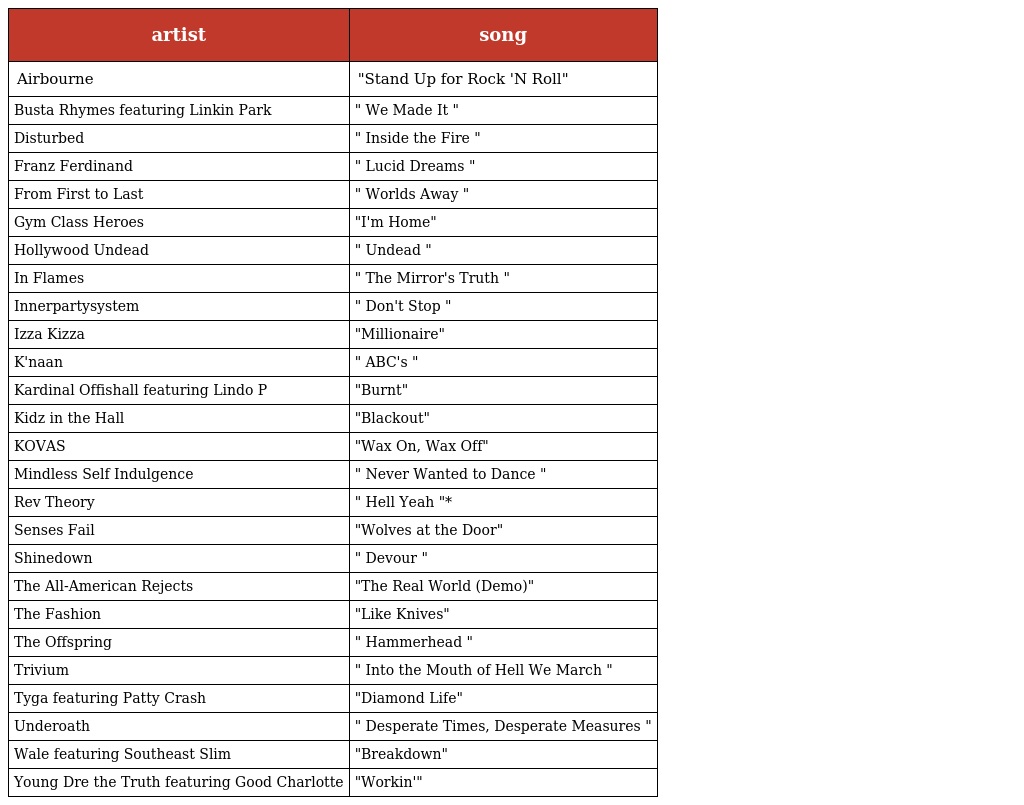
| artist | song |
 | --- | --- |
 | Airbourne | "Stand Up for Rock 'N Roll" |
 | Busta Rhymes featuring Linkin Park | " We Made It " |
 | Disturbed | " Inside the Fire " |
 | Franz Ferdinand | " Lucid Dreams " |
 | From First to Last | " Worlds Away " |
 | Gym Class Heroes | "I'm Home" |
 | Hollywood Undead | " Undead " |
 | In Flames | " The Mirror's Truth " |
 | Innerpartysystem | " Don't Stop " |
 | Izza Kizza | "Millionaire" |
 | K'naan | " ABC's " |
 | Kardinal Offishall featuring Lindo P | "Burnt" |
 | Kidz in the Hall | "Blackout" |
 | KOVAS | "Wax On, Wax Off" |
 | Mindless Self Indulgence | " Never Wanted to Dance " |
 | Rev Theory | " Hell Yeah "* |
 | Senses Fail | "Wolves at the Door" |
 | Shinedown | " Devour " |
 | The All-American Rejects | "The Real World (Demo)" |
 | The Fashion | "Like Knives" |
 | The Offspring | " Hammerhead " |
 | Trivium | " Into the Mouth of Hell We March " |
 | Tyga featuring Patty Crash | "Diamond Life" |
 | Underoath | " Desperate Times, Desperate Measures " |
 | Wale featuring Southeast Slim | "Breakdown" |
 | Young Dre the Truth featuring Good Charlotte | "Workin'" |